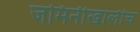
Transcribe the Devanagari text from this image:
जमिनीखालीच